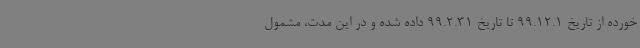
خورده از تاریخ 99.12.1 تا تاریخ 99.2.31 داده شده و در این مدت، مشمول